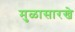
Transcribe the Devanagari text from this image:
मुळासारखे